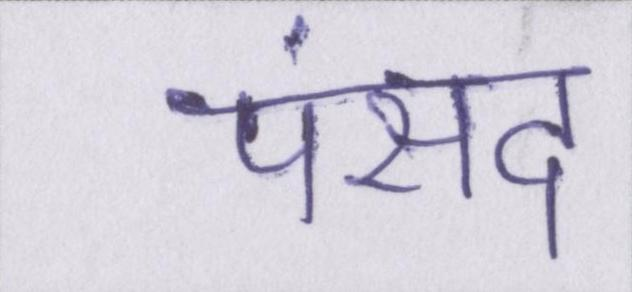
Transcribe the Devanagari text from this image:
पंसद